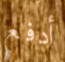
أدفع